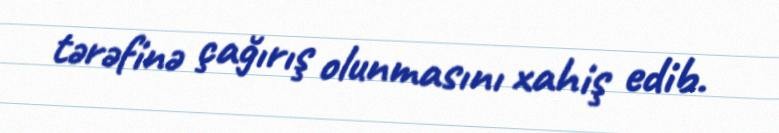
tərəfinə çağırış olunmasını xahiş edib.